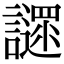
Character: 䜚